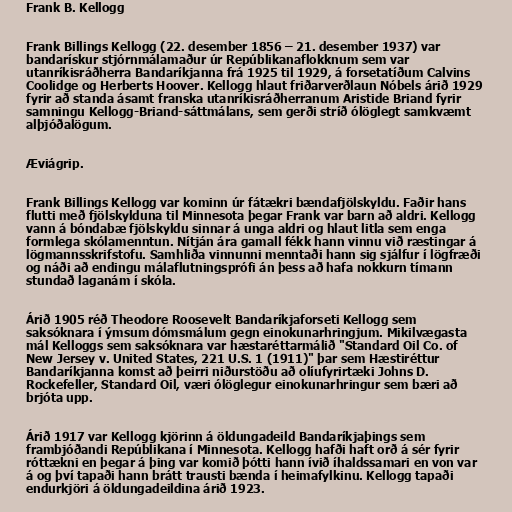
Frank B. Kellogg

Frank Billings Kellogg (22. desember 1856 – 21. desember 1937) var
bandarískur stjórnmálamaður úr Repúblikanaflokknum sem var
utanríkisráðherra Bandaríkjanna frá 1925 til 1929, á forsetatíðum Calvins
Coolidge og Herberts Hoover. Kellogg hlaut friðarverðlaun Nóbels árið 1929
fyrir að standa ásamt franska utanríkisráðherranum Aristide Briand fyrir
samningu Kellogg-Briand-sáttmálans, sem gerði stríð ólöglegt samkvæmt
alþjóðalögum.

Æviágrip.

Frank Billings Kellogg var kominn úr fátækri bændafjölskyldu. Faðir hans
flutti með fjölskylduna til Minnesota þegar Frank var barn að aldri. Kellogg
vann á bóndabæ fjölskyldu sinnar á unga aldri og hlaut litla sem enga
formlega skólamenntun. Nítján ára gamall fékk hann vinnu við ræstingar á
lögmannsskrifstofu. Samhliða vinnunni menntaði hann sig sjálfur í lögfræði
og náði að endingu málaflutningsprófi án þess að hafa nokkurn tímann
stundað laganám í skóla.

Árið 1905 réð Theodore Roosevelt Bandaríkjaforseti Kellogg sem
saksóknara í ýmsum dómsmálum gegn einokunarhringjum. Mikilvægasta
mál Kelloggs sem saksóknara var hæstaréttarmálið "Standard Oil Co. of
New Jersey v. United States, 221 U.S. 1 (1911)" þar sem Hæstiréttur
Bandaríkjanna komst að þeirri niðurstöðu að olíufyrirtæki Johns D.
Rockefeller, Standard Oil, væri ólöglegur einokunarhringur sem bæri að
brjóta upp.

Árið 1917 var Kellogg kjörinn á öldungadeild Bandaríkjaþings sem
frambjóðandi Repúblikana í Minnesota. Kellogg hafði haft orð á sér fyrir
róttækni en þegar á þing var komið þótti hann ívið íhaldssamari en von var
á og því tapaði hann brátt trausti bænda í heimafylkinu. Kellogg tapaði
endurkjöri á öldungadeildina árið 1923.